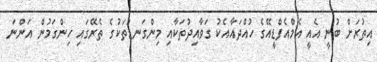
އިތުރަށް ބުނީ އެއީ އެމްއެފްޑީއޭގެ ހުއްދައާއެކު ގަވާއިދުތަކާއި މިންގަނޑުތަކުގެ ތެރޭގައި ހިންގަމުން އަންނަ